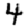
Digit: 4